Rangoon Lunatic Asylum 1878-1892 - 1878-1892
Year: 1878
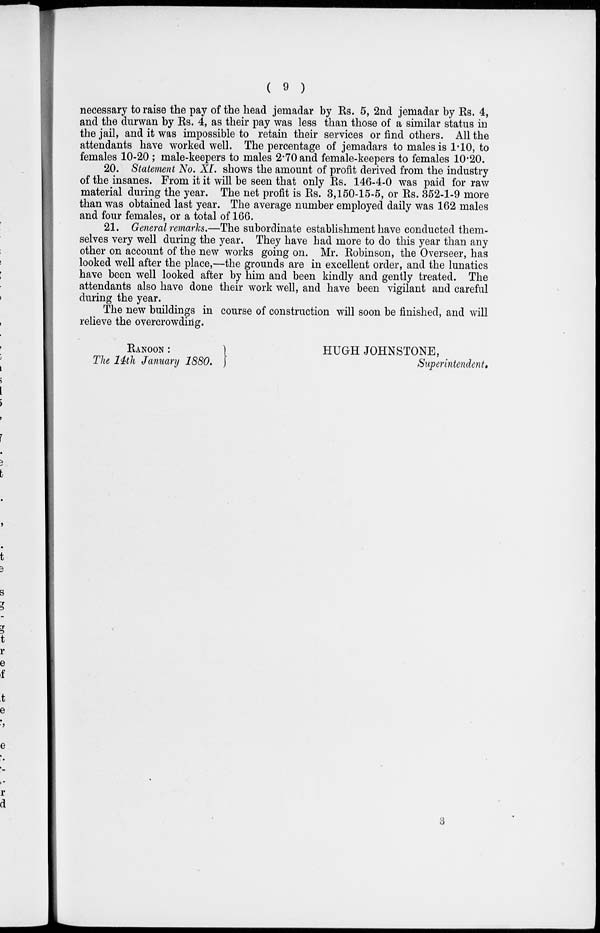
( 9 )
necessary to raise the pay of the head jemadar by Rs. 5, 2nd jemadar by Rs. 4,
and the durwan by Rs. 4, as their pay was less than those of a similar status in
the jail, and it was impossible to retain their services or find others. All the
attendants have worked well. The percentage of jemadars to males is 1.10, to
females 10-20 ; male-keepers to males 2.70 and female-keepers to females 10.20.
20. Statement No. XI. shows the amount of profit derived from the industry
of the insanes. From it it will be seen that only Rs. 146-4-0 was paid for raw
material during the year. The net profit is Rs. 3,150-15-5, or Rs. 352-1-9 more
than was obtained last year. The average number employed daily was 162 males
and four females, or a total of 166.
21. General remarks.—The subordinate establishment have conducted them-
selves very well during the year. They have had more to do this year than any
other on account of the new works going on. Mr. Robinson, the Overseer, has
looked well after the place,—the grounds are in excellent order, and the lunatics
have been well looked after by him and been kindly and gently treated. The
attendants also have done their work well, and have been vigilant and careful
during the year.
The new buildings in course of construction will soon be finished, and will
relieve the overcrowding.
RANOON :
The 14th January 1880.
HUGH JOHNSTONE,
Superintendent.
3